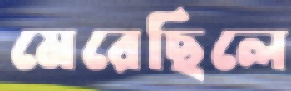
মেরেছিলে